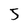
Character: 5